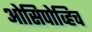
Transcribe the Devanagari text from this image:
ओसिपोव्हिच